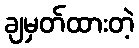
ချမှတ်ထားတဲ့